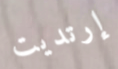
إرتديت